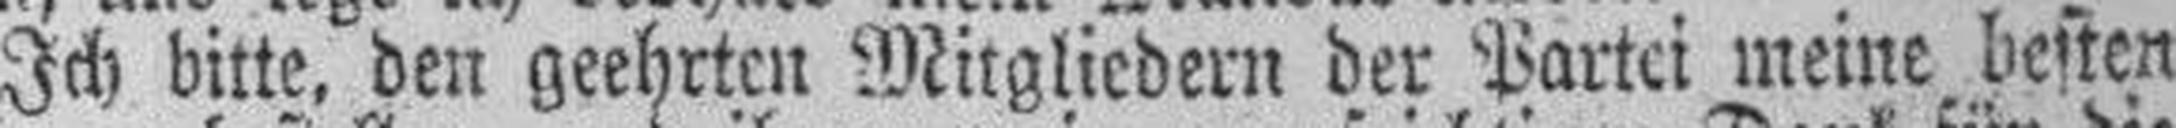
Ich bitte, den geehrten Mitgliedern der Partei meine besten